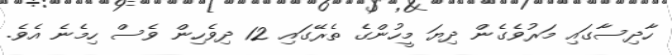
ހާދިސާގައި މަރުވެގެން ދިޔަ މީހުންގެ ތެރޭގައި 12 ދިވެހިން ވެސް ހިމެނެ އެވެ.